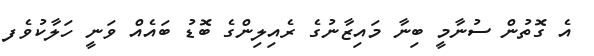
އެ ގޮތުން ސުނާމީ ބިނާ މައިޒާނުގެ ރެއިލިންގެ ބޮޑު ބައެއް ވަނީ ހަލާކުވެފ